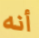
أنه